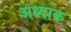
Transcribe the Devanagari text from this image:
अध्याक